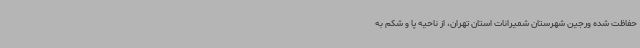
حفاظت شده ورجین شهرستان شمیرانات استان تهران، از ناحیه پا و شکم به